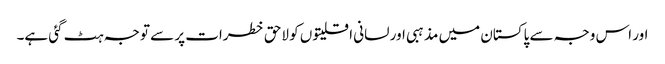
اور اس وجہ سے پاکستان میں مذہبی اور لسانی اقلیتوں کو لاحق خطرات پر سے توجہ ہٹ گئی ہے۔